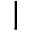
\lvert